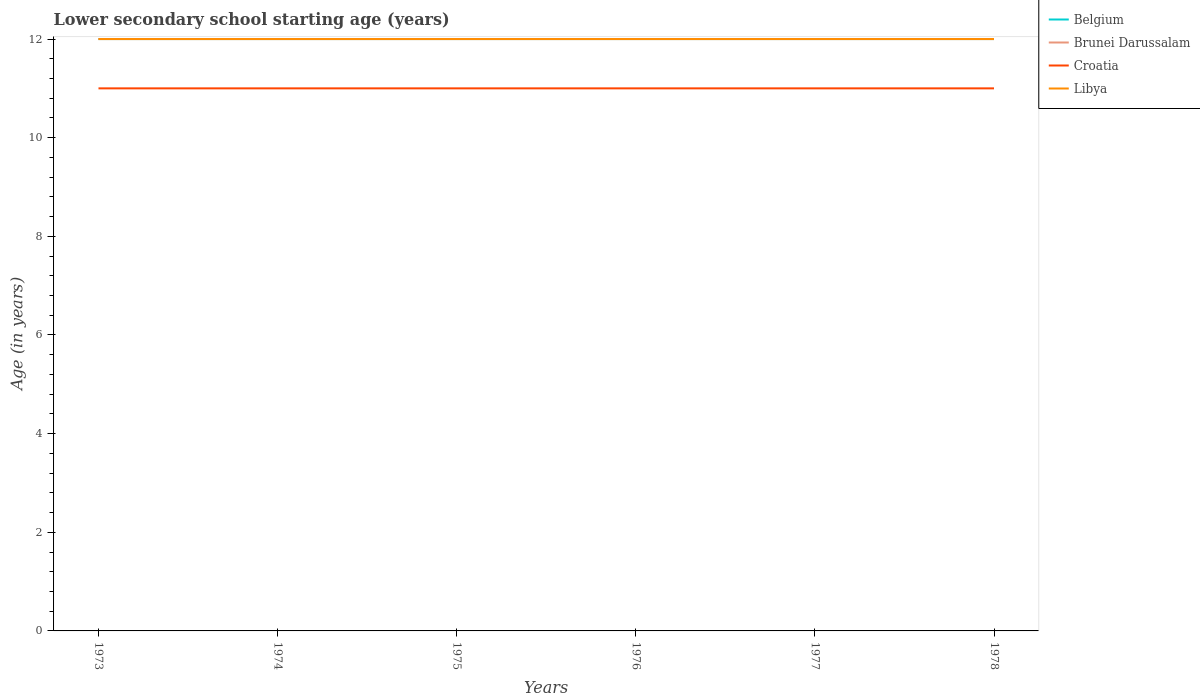
| Years | Belgium | Brunei Darussalam | Croatia | Libya |
 | --- | --- | --- | --- | --- |
 | 1973 | 12 | 12 | 11 | 12 |
 | 1974 | 12 | 12 | 11 | 12 |
 | 1975 | 12 | 12 | 11 | 12 |
 | 1976 | 12 | 12 | 11 | 12 |
 | 1977 | 12 | 12 | 11 | 12 |
 | 1978 | 12 | 12 | 11 | 12 |